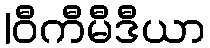
|ဝီကီမီဒီယာ